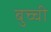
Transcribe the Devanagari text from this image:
बुच्ची